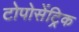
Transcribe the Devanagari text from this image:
टोपोसेंट्रिक